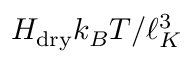
H _ { \mathrm { d r y } } k _ { B } T / \ell _ { K } ^ { 3 }